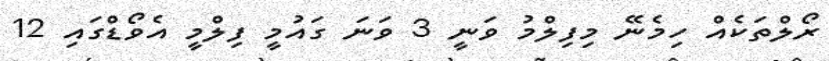
ރޯލްތަކެއް ހިމެނޭ މިފިލްމު ވަނީ 3 ވަނަ ގައުމީ ފިލްމީ އެވޯޑްގައި 12